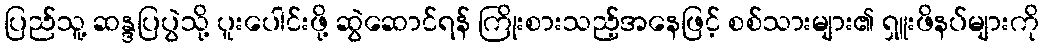
ပြည်သူ့ ဆန္ဒပြပွဲသို့ ပူးပေါင်းဖို့ ဆွဲဆောင်ရန် ကြိုးစားသည့်အနေဖြင့် စစ်သားများ၏ ရှူးဖိနပ်များကို